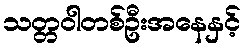
သတ္တဝါတစ်ဦးအနေနှင့်